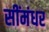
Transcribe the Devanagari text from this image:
सींमंधर